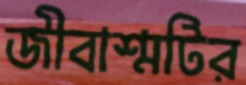
জীবাশ্মটির